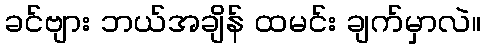
ခင်ဗျား ဘယ်အချိန် ထမင်း ချက်မှာလဲ။